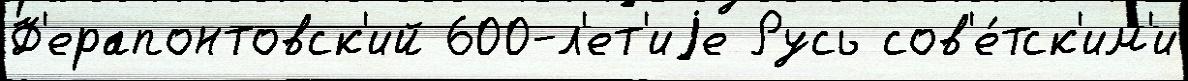
Ф'ерапонтовск'ий 600-л'ет'иjе Русь сов'е́тск'им'и